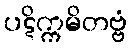
ပဋိက္ကမိတဗ္ဗံ